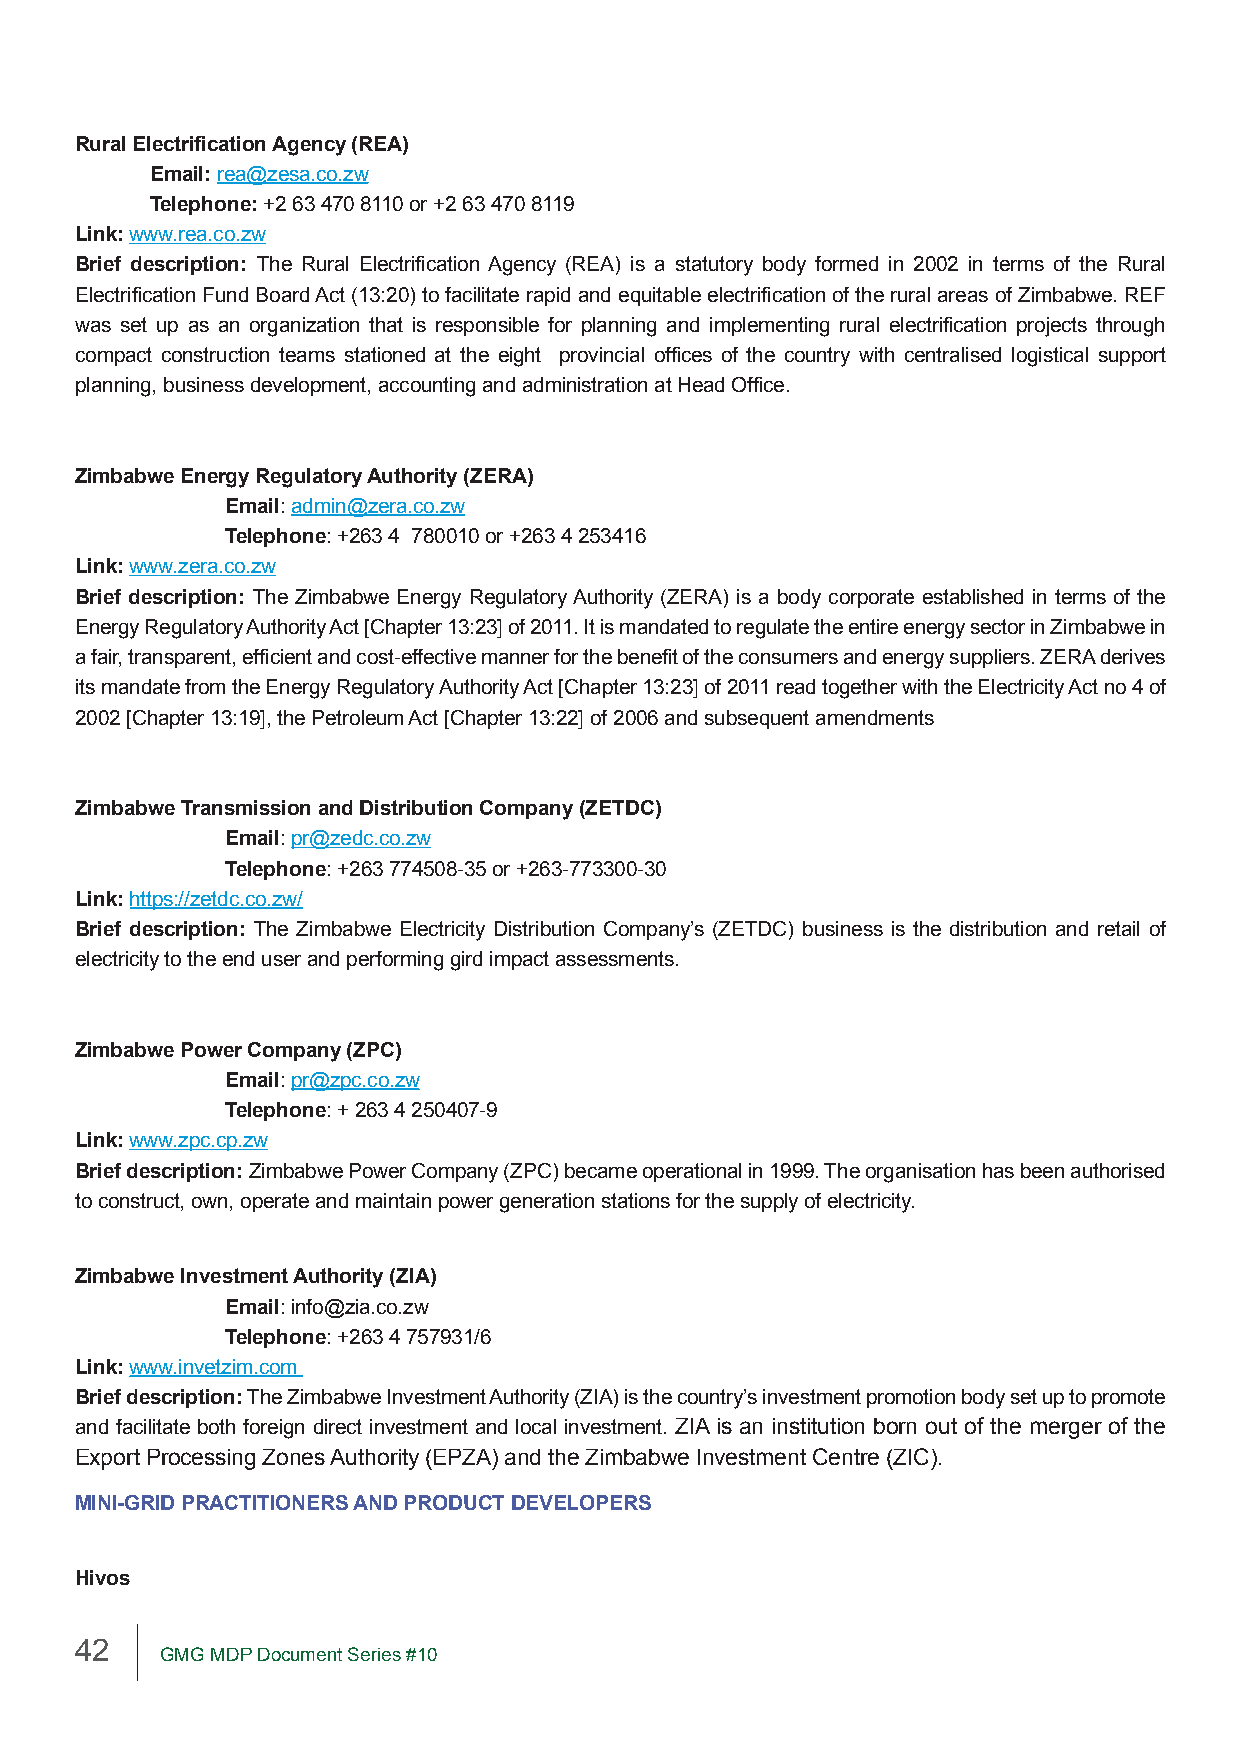
Rural Electrification Agency (REA)
 Email: rea@zesa.co.zw
 Telephone: +2 63 470 8110 or +2 63 470 8119
 Link: www.rea.co.zw
 Brief description: The Rural Electrification Agency (REA) is a statutory body formed in 2002 in terms of the Rural
 Electrification Fund Board Act (13:20) to facilitate rapid and equitable electrification of the rural areas of Zimbabwe. REF
 was set up as an organization that is responsible for planning and implementing rural electrification projects through
 compact construction teams stationed at the eight provincial offices of the country with centralised logistical support
 planning, business development, accounting and administration at Head Office.
 Zimbabwe Energy Regulatory Authority (ZERA)
 Email: admin@zera.co.zw
 Telephone: +263 4 780010 or +263 4 253416
 Link: www.zera.co.zw
 Brief description: The Zimbabwe Energy Regulatory Authority (ZERA) is a body corporate established in terms of the
 Energy Regulatory Authority Act [Chapter 13:23] of 2011. It is mandated to regulate the entire energy sector in Zimbabwe in
 a fair, transparent, efficient and cost-effective manner for the benefit of the consumers and energy suppliers. ZERA derives
 its mandate from the Energy Regulatory Authority Act [Chapter 13:23] of 2011 read together with the Electricity Act no 4 of
 2002 [Chapter 13:19], the Petroleum Act [Chapter 13:22] of 2006 and subsequent amendments
 Zimbabwe Transmission and Distribution Company (ZETDC)
 Email: pr@zedc.co.zw
 Telephone: +263 774508-35 or +263-773300-30
 Link: https://zetdc.co.zw/
 Brief description: The Zimbabwe Electricity Distribution Company’s (ZETDC) business is the distribution and retail of
 electricity to the end user and performing gird impact assessments.
 Zimbabwe Power Company (ZPC)
 Email: pr@zpc.co.zw
 Telephone: + 263 4 250407-9
 Link: www.zpc.cp.zw
 Brief description: Zimbabwe Power Company (ZPC) became operational in 1999. The organisation has been authorised
 to construct, own, operate and maintain power generation stations for the supply of electricity.
 Zimbabwe Investment Authority (ZIA)
 Email: info@zia.co.zw
 Telephone: +263 4 757931/6
 Link: www.invetzim.com
 Brief description: The Zimbabwe Investment Authority (ZIA) is the country’s investment promotion body set up to promote
 and facilitate both foreign direct investment and local investment. ZIA is an institution born out of the merger of the
 Export Processing Zones Authority (EPZA) and the Zimbabwe Investment Centre (ZIC).
 MINI-GRID PRACTITIONERS AND PRODUCT DEVELOPERS
 Hivos
 42
 GMG MDP Document Series #10